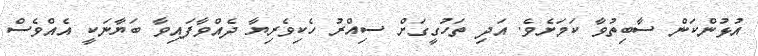
އުޅުންކަން ސާބިތުވާ ކަމަށެވެ. އަދި ތަހުގީގަށް ސިއްރު ހެކިވެރިޔާ ދެއްވާފައިވާ ބަޔާނަކީ އެއްވެސް